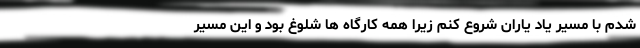
شدم با مسیر یاد یاران شروع کنم زیرا همه کارگاه ها شلوغ بود و این مسیر